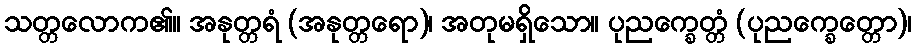
သတ္တလောက၏။ အနုတ္တရံ (အနုတ္တရော)၊ အတုမရှိသော။ ပုညက္ခေတ္တံ (ပုညက္ခေတ္တော)၊